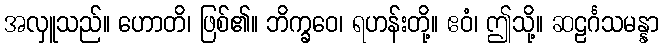
အလှူသည်။ ဟောတိ၊ ဖြစ်၏။ ဘိက္ခဝေ၊ ရဟန်းတို့။ ဧဝံ၊ ဤသို့။ ဆဠင်္ဂသမန္နာ